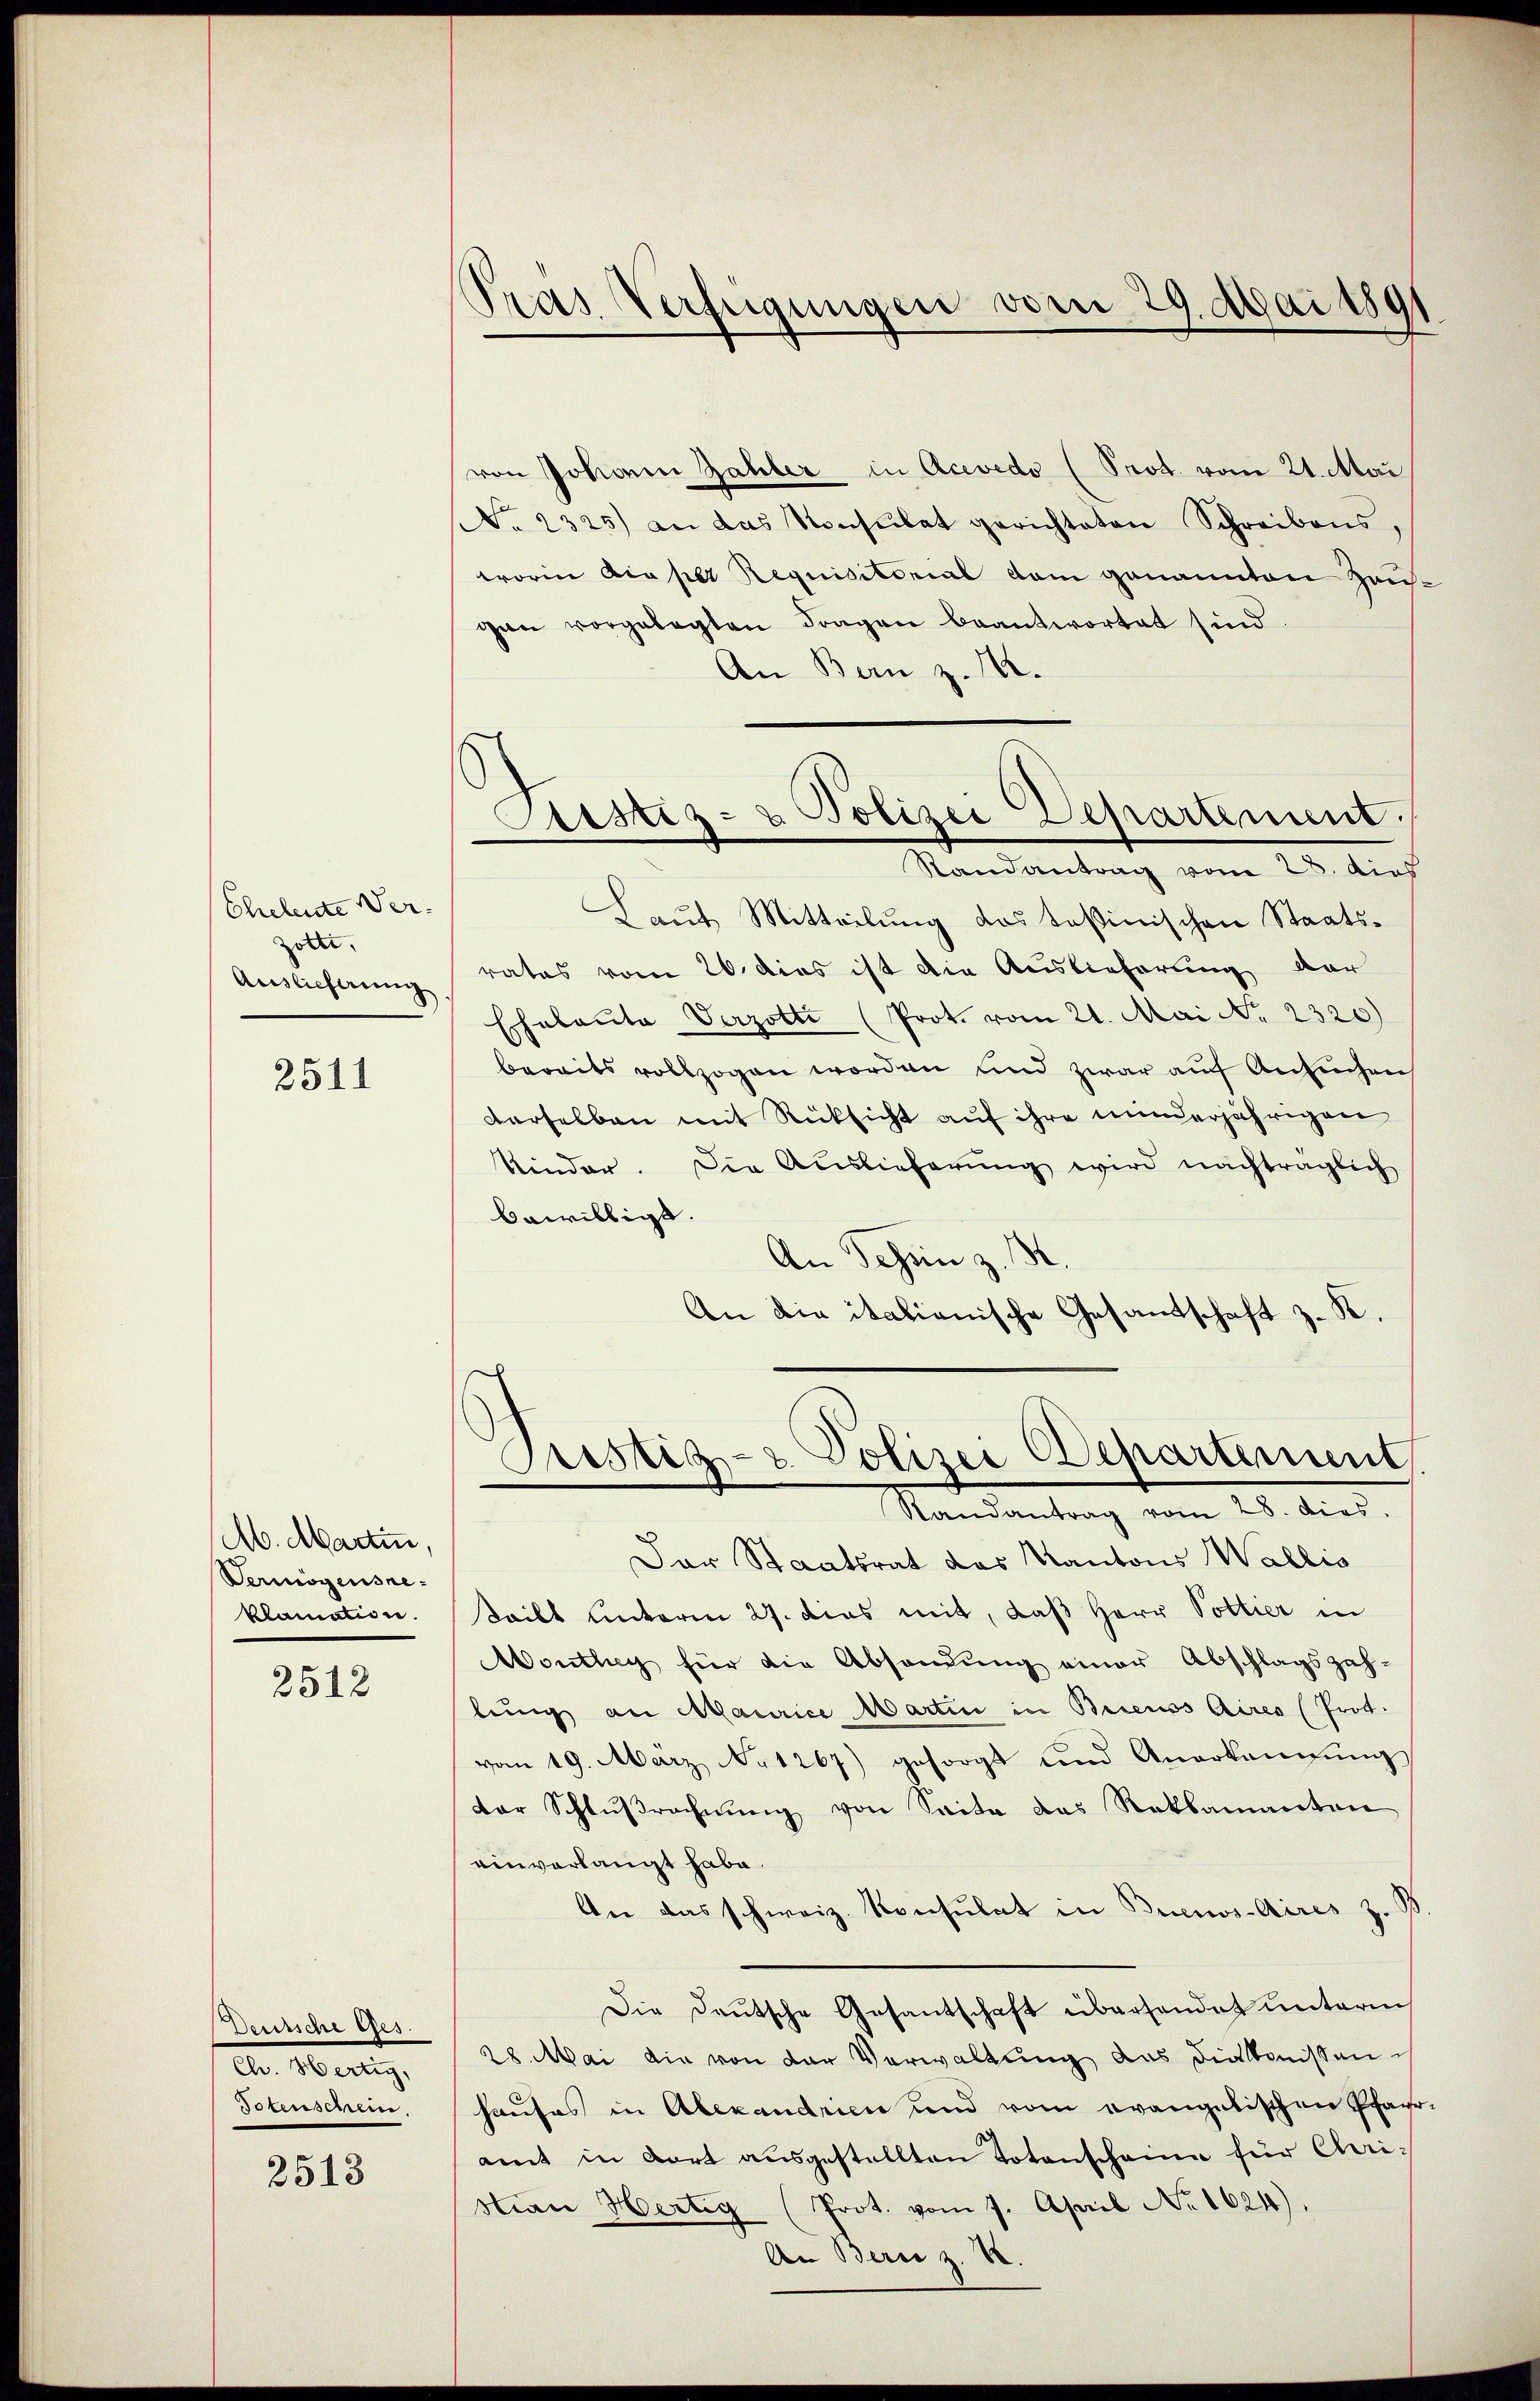
Eheleute Ver-
Zolle.
Auslieferung

2511

M. Martin,
Vermögensreklamation.

2512

Deutsche Ges.
de. Martig,
Totenschein.
2513

Pras Verfügungen vom 29. Mai 1891

Justiz- & Polizei Departement
Randantrag vom 28. dies

von Johann Zahler in Acevedo (Prot. vom 21. Mai
No. 2325) an das Konsulat gerichteten Schreibens,
worin diaper Requisitorial dem genannten Zeu
gen vorgelegten Fragen beantwortet sind.
An Bern z. M.
Laut Mitteilung das Teßinischen Staatsrates vom 26. dies ist die Auslieferung der
Eheleute Verzotti (Prot. vom 21. Mai No 2320)
bereits vollzogen worden und zwar auf Ansuchen
derselben mit Rücksicht auf ihre minderjährigen
Kinder. Die Auslieferŭng wird nachträglich
bewilligt.
An Schein z. 18
An die italienische Gesandschaft z. K.

Justiz- & Polizei Departement.
Randantrag vom 28. dies.

Der Staatsrat das Kantons Wallis
Seibt unterm 27. dies mit, daß Herr Pottier in
Wonthey für die Absendung einer Abschlagszahlung an Maurice Martin in Breuss Aires (Prot.
vom 19. März No 1267) gesorgt und Anerkangŭng
der Schlŭβrechnŭng von Seite das Reklamanten
einverlangt habe.
An das schweiz. Konsulat in Buenos-Aires z. 98
Die Deutsche Gesantschaft übersendet unterm
28. Mai die von der Verwaltung das Diakonissen is
hauses in Alexandrien und vom evangelischen Pfarramt in dort ausgestellten Totenscheine für Christian Hertig (Prot. vom 7. April No 1624).
An Bern z. B.